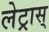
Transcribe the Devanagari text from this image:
लेट्रास्